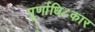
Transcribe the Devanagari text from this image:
पूर्णाधि८कार